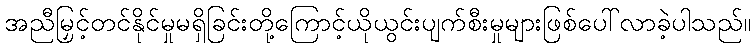
အညီမြှင့်တင်နိုင်မှုမရှိခြင်းတို့ကြောင့်ယိုယွင်းပျက်စီးမှုများဖြစ်ပေါ်လာခဲ့ပါသည်။